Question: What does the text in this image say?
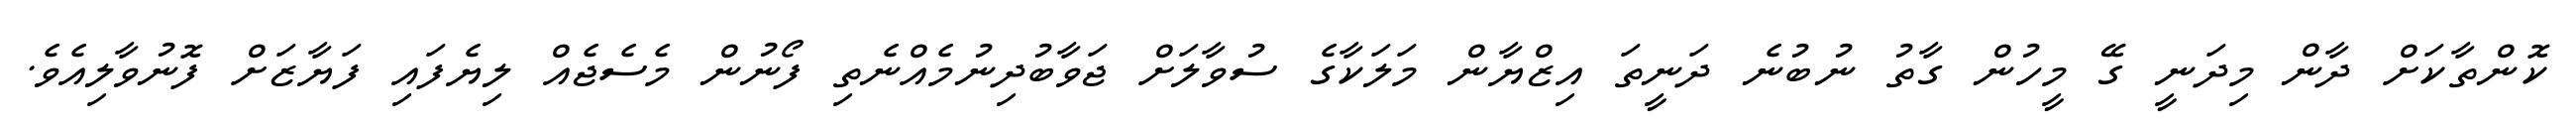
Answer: ކޮންތާކަށް ދާން މިދަނީ ގޭ މީހުން ގާތު ނުބުނެ ދަނީތަ އިޒްޔާން މަލަކާގެ ސުވާލަށް ޖަވާބުދިނުމެއްނެތި ފޯނުން މެސެޖެއް ލިޔެފައި ފަޔާޒަށް ފޮނުވާލިއެވެ.